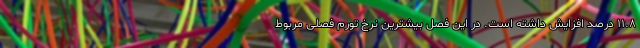
١١.٨ درصد افزایش داشته است. در این فصل بیشترین نرخ تورم فصلی مربوط